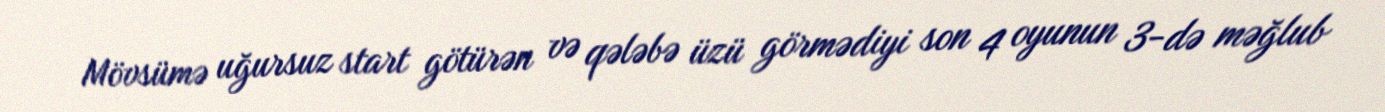
Mövsümə uğursuz start götürən və qələbə üzü görmədiyi son 4 oyunun 3-də məğlub